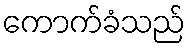
ကောက်ခံသည်